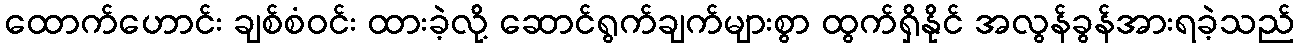
ထောက်ဟောင်း ချစ်စံဝင်း ထားခဲ့လို့ ဆောင်ရွက်ချက်များစွာ ထွက်ရှိနိုင် အလွန်ခွန်အားရခဲ့သည်